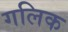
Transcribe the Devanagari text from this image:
गलिक